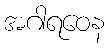
အဂါရဝေန